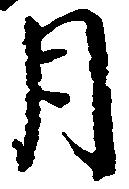
月